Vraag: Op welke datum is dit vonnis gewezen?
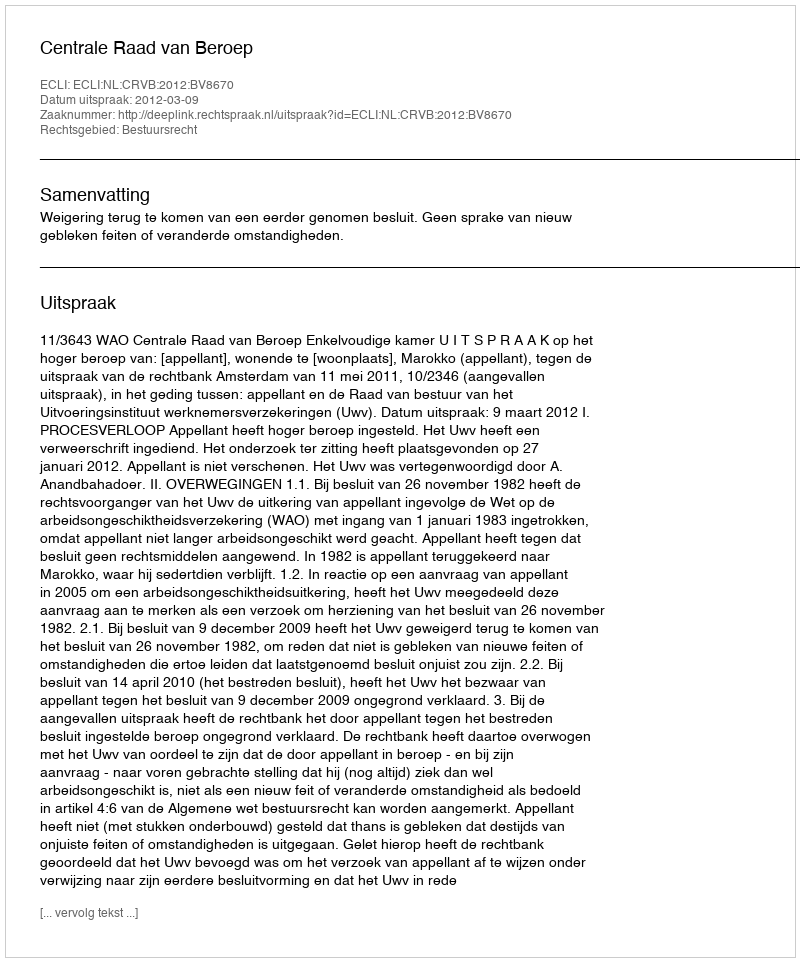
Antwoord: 2012-03-09